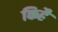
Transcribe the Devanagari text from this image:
किहै